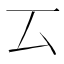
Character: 𠫔